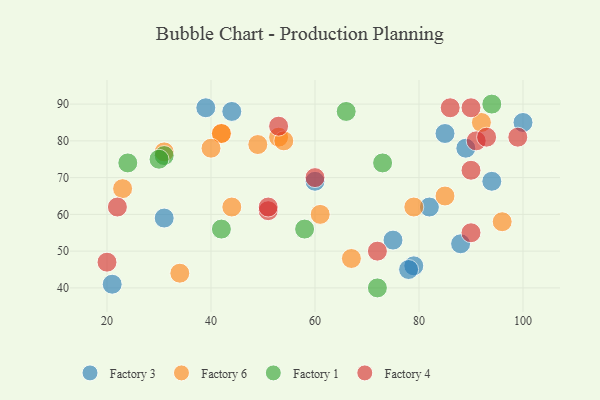
{"axis": {"x": "GDP", "y": "Life Expectancy"}, "legend": ["Factory 1", "Factory 3", "Factory 4", "Factory 6"], "data": [{"x": "44", "y": 88, "type": "Factory 3"}, {"x": "85", "y": 82, "type": "Factory 3"}, {"x": "82", "y": 62, "type": "Factory 3"}, {"x": "89", "y": 78, "type": "Factory 3"}, {"x": "39", "y": 89, "type": "Factory 3"}, {"x": "21", "y": 41, "type": "Factory 3"}, {"x": "31", "y": 59, "type": "Factory 3"}, {"x": "88", "y": 52, "type": "Factory 3"}, {"x": "60", "y": 69, "type": "Factory 3"}, {"x": "75", "y": 53, "type": "Factory 3"}, {"x": "79", "y": 46, "type": "Factory 3"}, {"x": "78", "y": 45, "type": "Factory 3"}, {"x": "94", "y": 69, "type": "Factory 3"}, {"x": "100", "y": 85, "type": "Factory 3"}, {"x": "85", "y": 65, "type": "Factory 6"}, {"x": "49", "y": 79, "type": "Factory 6"}, {"x": "61", "y": 60, "type": "Factory 6"}, {"x": "42", "y": 82, "type": "Factory 6"}, {"x": "34", "y": 44, "type": "Factory 6"}, {"x": "42", "y": 82, "type": "Factory 6"}, {"x": "23", "y": 67, "type": "Factory 6"}, {"x": "53", "y": 81, "type": "Factory 6"}, {"x": "96", "y": 58, "type": "Factory 6"}, {"x": "31", "y": 77, "type": "Factory 6"}, {"x": "67", "y": 48, "type": "Factory 6"}, {"x": "54", "y": 80, "type": "Factory 6"}, {"x": "44", "y": 62, "type": "Factory 6"}, {"x": "92", "y": 85, "type": "Factory 6"}, {"x": "40", "y": 78, "type": "Factory 6"}, {"x": "79", "y": 62, "type": "Factory 6"}, {"x": "58", "y": 56, "type": "Factory 1"}, {"x": "73", "y": 74, "type": "Factory 1"}, {"x": "31", "y": 76, "type": "Factory 1"}, {"x": "30", "y": 75, "type": "Factory 1"}, {"x": "72", "y": 40, "type": "Factory 1"}, {"x": "66", "y": 88, "type": "Factory 1"}, {"x": "42", "y": 56, "type": "Factory 1"}, {"x": "94", "y": 90, "type": "Factory 1"}, {"x": "24", "y": 74, "type": "Factory 1"}, {"x": "91", "y": 80, "type": "Factory 4"}, {"x": "60", "y": 70, "type": "Factory 4"}, {"x": "86", "y": 89, "type": "Factory 4"}, {"x": "51", "y": 61, "type": "Factory 4"}, {"x": "20", "y": 47, "type": "Factory 4"}, {"x": "53", "y": 84, "type": "Factory 4"}, {"x": "90", "y": 55, "type": "Factory 4"}, {"x": "22", "y": 62, "type": "Factory 4"}, {"x": "90", "y": 72, "type": "Factory 4"}, {"x": "93", "y": 81, "type": "Factory 4"}, {"x": "99", "y": 81, "type": "Factory 4"}, {"x": "72", "y": 50, "type": "Factory 4"}, {"x": "51", "y": 62, "type": "Factory 4"}, {"x": "90", "y": 89, "type": "Factory 4"}]}